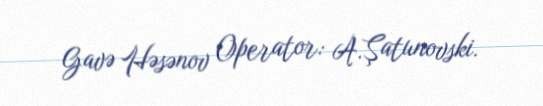
Gavə Həsənov Operator: A.Şatunovski.